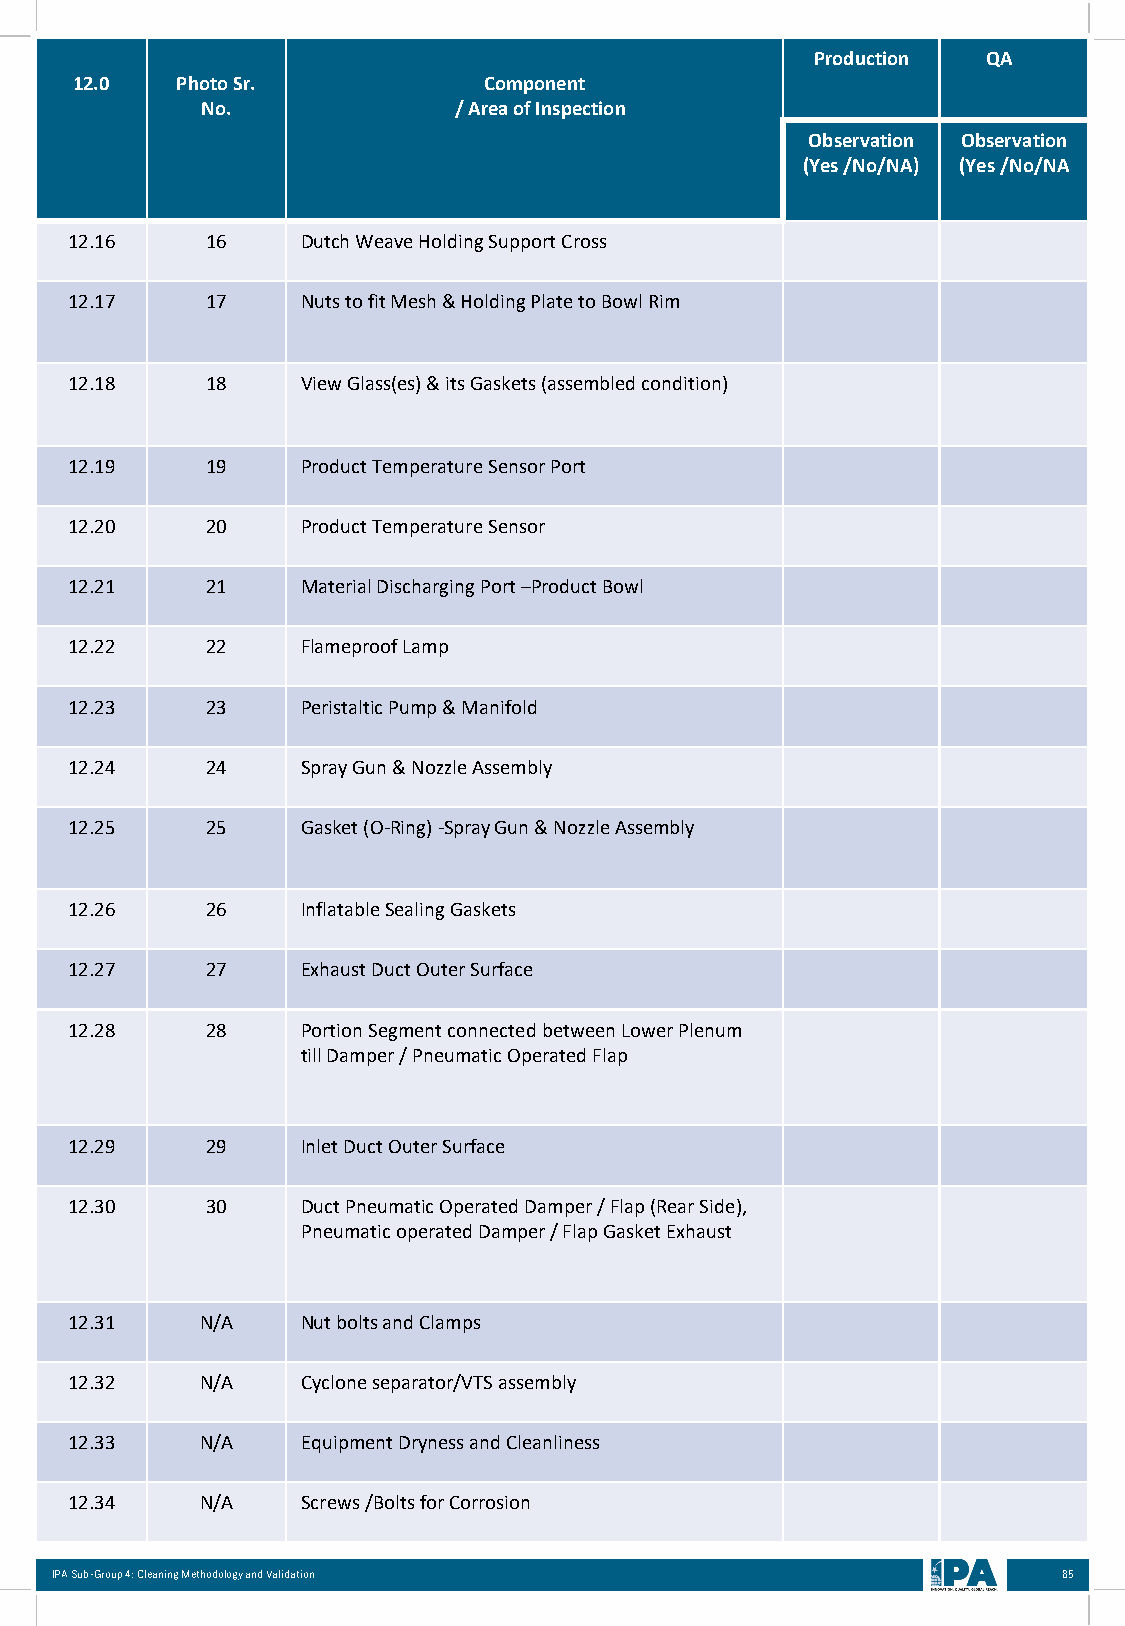
Production QA
 12.0   Photo Sr.           Component
 No.              / Area of Inspection
 Observation Observation
 (Yes /No/NA) (Yes /No/NA
 12.16     16    Dutch Weave Holding Support Cross
 12.17     17    Nuts to fit Mesh & Holding Plate to Bowl Rim
 12.18     18    View Glass(es) & its Gaskets (assembled condition)
 12.19     19    Product Temperature Sensor Port
 12.20     20    Product Temperature Sensor
 12.21     21    Material Discharging Port –Product Bowl
 12.22     22    Flameproof Lamp
 12.23     23    Peristaltic Pump & Manifold
 12.24     24    Spray Gun & Nozzle Assembly
 12.25     25    Gasket (O-Ring) -Spray Gun & Nozzle Assembly
 12.26     26    Inflatable Sealing Gaskets
 12.27     27    Exhaust Duct Outer Surface
 12.28     28    Portion Segment connected between Lower Plenum
 till Damper / Pneumatic Operated Flap
 12.29     29    Inlet Duct Outer Surface
 12.30     30    Duct Pneumatic Operated Damper / Flap (Rear Side),
 Pneumatic operated Damper / Flap Gasket Exhaust
 12.31    N/A    Nut bolts and Clamps
 12.32    N/A    Cyclone separator/VTS assembly
 12.33    N/A    Equipment Dryness and Cleanliness
 12.34    N/A    Screws /Bolts for Corrosion
 IPA Sub-Group 4: Cleaning Methodology and Validation               85